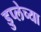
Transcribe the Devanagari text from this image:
डुप्लेच्या